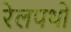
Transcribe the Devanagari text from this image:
रेलपथों